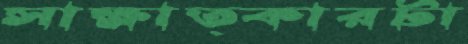
সাক্ষাত্কারটা